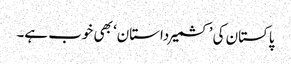
پاکستان کی ’کشمیرداستان‘ بھی خوب ہے۔